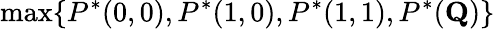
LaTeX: \operatorname*{max}\{ P^{*}(0,0),P^{*}(1,0),P^{*}(1,1),P^{*}(\mathbf{Q})\}